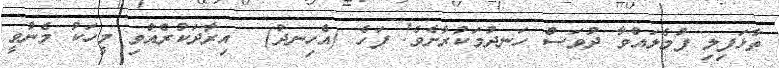
ތާޅަފިލި ފުމެލައްވާ ދުވަސް ހަނދުމަކުރާށެވެ! ފަހެ (އެހިނދު)  އިރާދަކުރެއްވި މީހަކު މެނުވީ